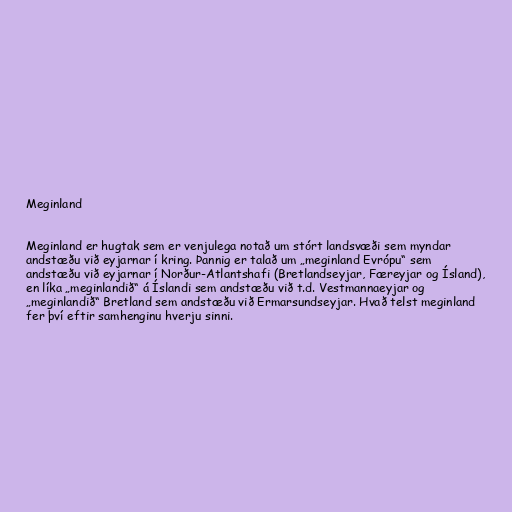
Meginland

Meginland er hugtak sem er venjulega notað um stórt landsvæði sem myndar
andstæðu við eyjarnar í kring. Þannig er talað um „meginland Evrópu“ sem
andstæðu við eyjarnar í Norður-Atlantshafi (Bretlandseyjar, Færeyjar og Ísland),
en líka „meginlandið“ á Íslandi sem andstæðu við t.d. Vestmannaeyjar og
„meginlandið“ Bretland sem andstæðu við Ermarsundseyjar. Hvað telst meginland
fer því eftir samhenginu hverju sinni.